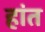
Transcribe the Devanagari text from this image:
हांत